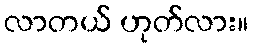
လာတယ် ဟုတ်လား။